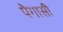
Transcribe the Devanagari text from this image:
पेगासी